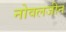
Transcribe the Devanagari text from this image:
नोवलजीन